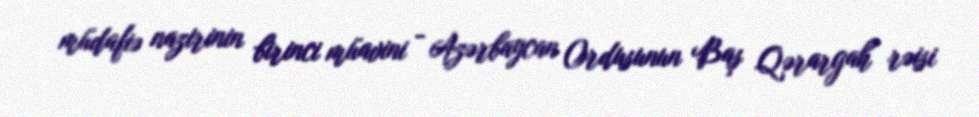
müdafiə nazirinin birinci müavini - Azərbaycan Ordusunun Baş Qərargah rəisi